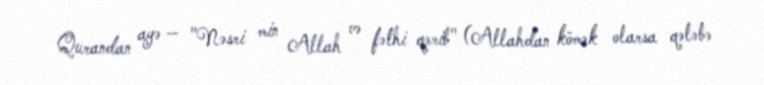
Qurandan ayə — "Nəsri min Allah və fəthi qərib" (Allahdan kömək olarsa qələbə